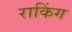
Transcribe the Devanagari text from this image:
राकिंग